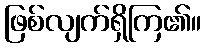
ဖြစ်လျက်ရှိကြ၏။